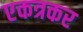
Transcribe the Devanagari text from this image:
एकत्रकर